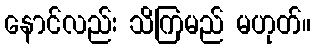
နောင်လည်း သိကြမည် မဟုတ်။